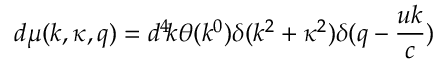
d \mu ( k , \kappa , q ) = d ^ { 4 } \! k \theta ( k ^ { 0 } ) \delta ( k ^ { 2 } + \kappa ^ { 2 } ) \delta ( q - \frac { u k } { c } )